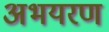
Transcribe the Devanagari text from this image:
अभयरण